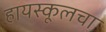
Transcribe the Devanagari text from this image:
हायस्‍कूलचा